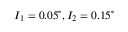
I _ { 1 } = 0 . 0 5 ^ { \circ } , I _ { 2 } = 0 . 1 5 ^ { \circ }